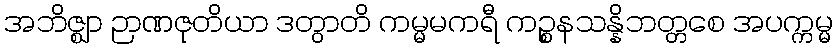
အဘိဇ္ဈာ ဉာဏဇုတိယာ ဒတွာတိ ကမ္မမကရီ ကဉ္စနသန္နိဘတ္တစေ အပက္ကမ္မ